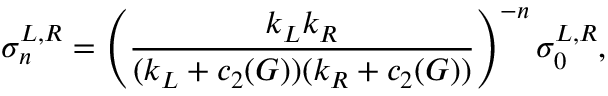
\sigma _ { n } ^ { L , R } = \left( { \frac { k _ { L } k _ { R } } { ( k _ { L } + c _ { 2 } ( G ) ) ( k _ { R } + c _ { 2 } ( G ) ) } } \right) ^ { - n } \sigma _ { 0 } ^ { L , R } ,